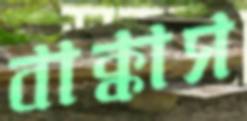
বাক্কাস